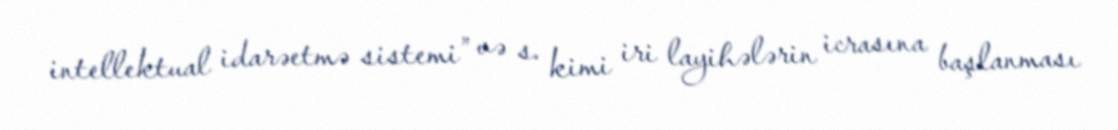
intellektual idarəetmə sistemi” və s. kimi iri layihələrin icrasına başlanması